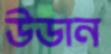
উডান